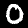
Digit: 0